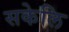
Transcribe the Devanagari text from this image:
सकेलि